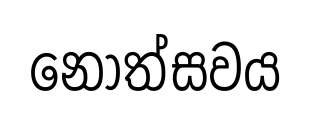
නෝත්සවය